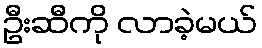
ဦးဆီကို လာခဲ့မယ်